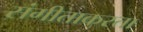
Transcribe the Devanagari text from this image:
संगीताकरता